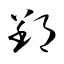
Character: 郢